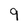
Character: 9